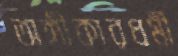
অঙ্গীকারধর্মী